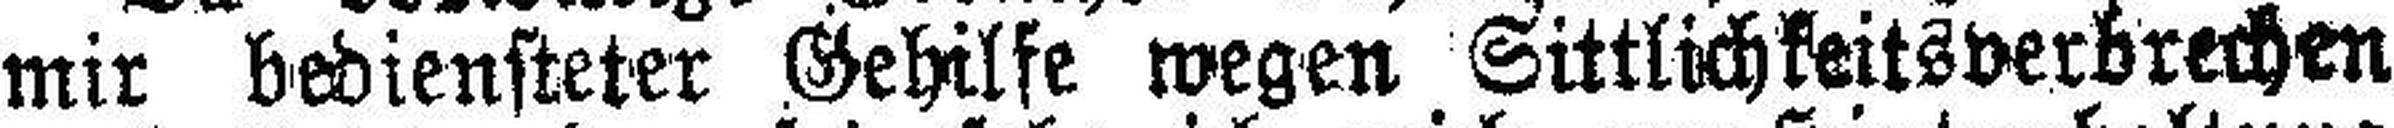
mir bediensteter Gehilfe wegen Sittlichkeitsverbrechen